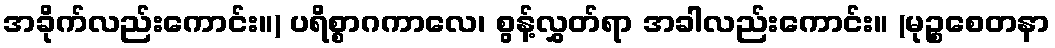
အခိုက်လည်းကောင်း။) ပရိစ္စာဂကာလေ၊ စွန့်လွှတ်ရာ အခါလည်းကောင်း။ (မုဉ္စစေတနာ